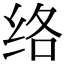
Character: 络